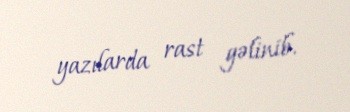
yazılarda rast gəlinib.